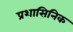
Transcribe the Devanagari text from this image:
प्रशासिनिक